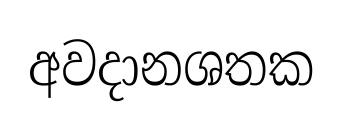
අවදානශතක